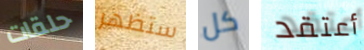
حلقات ستظهر كل أعتقد